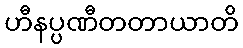
ဟီနပ္ပဏီတတာယာတိ